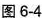
图6-4